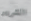
الشرير